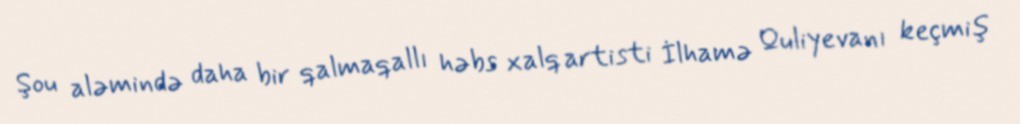
Şou aləmində daha bir qalmaqallı həbs xalq artisti İlhamə Quliyevanı keçmiş